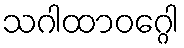
သဂါထာဝဂ္ဂေါ